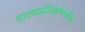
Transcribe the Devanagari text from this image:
नाट्यप्रशिक्षणार्थींना